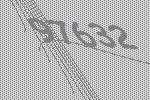
97632